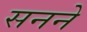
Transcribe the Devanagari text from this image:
सनने